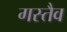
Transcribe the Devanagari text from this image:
गस्तैव